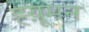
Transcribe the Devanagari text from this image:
ह्य़ूमन